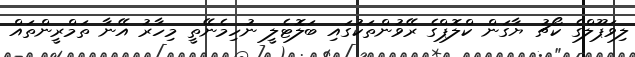
ލިވަޕޫލްގެ ކޯޗު ޔާގަން ކްލޮޕްގެ ރޭވުންތަކުގައި ބަލޮޓެލީ ނުހިމެނޭތީ މިހާރު އޭނާ ތަމްރީންތައް